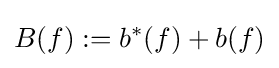
B(f):=b^{*}(f)+b(f)